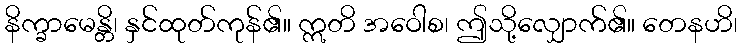
နိက္ခာမေန္တိ၊ နှင်ထုတ်ကုန်၏။ ဣတိ အဝေါစ၊ ဤသို့လျှောက်၏။ တေနဟိ၊